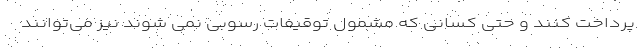
پرداخت کنند و حتی کسانی که مشمول توقیفات رسوبی نمی شوند نیز می‌توانند